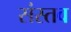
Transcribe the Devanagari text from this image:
संस्तव